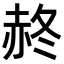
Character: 𧹝